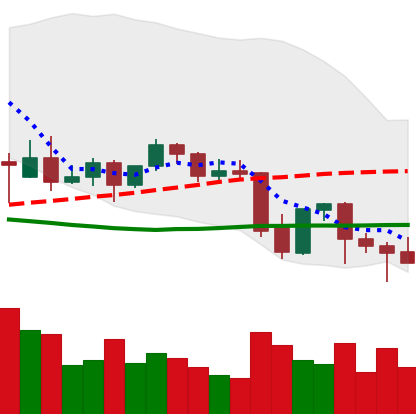
Ticker: BNB-USD
Chart end date: 2021-09-27
Forward return: 27.338%
Label: up_7plus